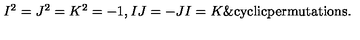
\begin{matrix} { I ^ { 2 } = J ^ { 2 } = K ^ { 2 } = - 1 , } & { I J = - J I = K \& \mathrm { c y c l i c } \mathrm { p e r m u t a t i o n s } . } \\ \end{matrix}